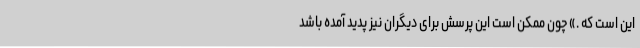
این است که .» چون ممکن است این پرسش برای دیگران نیز پدید آمده باشد